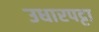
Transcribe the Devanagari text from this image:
उधारपट्टा